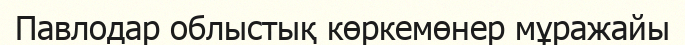
Павлодар облыстық көркемөнер мұражайы